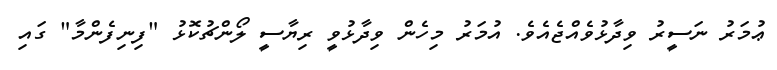
ޢުމަރު ނަސީރު ވިދާޅުވެއްޖެއެވެ. އުމަރު މިހެން ވިދާޅުވީ ރިޔާސީ ލޯންޗުކޮޅު "ފިނިފެންމާ" ގައި